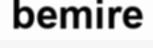
bemire